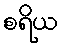
စရိယ